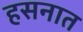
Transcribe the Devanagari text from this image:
हसनात